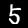
Label: 5